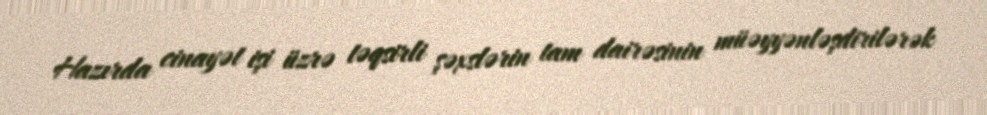
Hazırda cinayət işi üzrə təqsirli şəxslərin tam dairəsinin müəyyənləşdirilərək